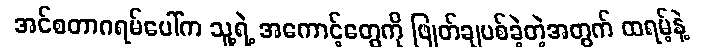
အင်စတာဂရမ်ပေါ်က သူ့ရဲ့ အကောင့်တွေကို ဖြုတ်ချပစ်ခဲ့တဲ့အတွက် ထရမ့်နဲ့